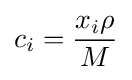
c_{i}={\frac {x_{i}\rho }{M}}